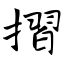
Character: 摺